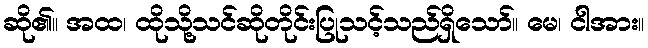
ဆို၏။ အထ၊ ထိုသို့သင်ဆိုတိုင်းပြုသင့်သည်ရှိသော်။ မေ၊ ငါအား။